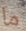
ما